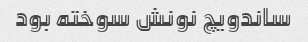
ساندویچ نونش سوخته بود